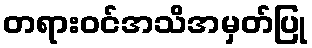
တရားဝင်အသိအမှတ်ပြု